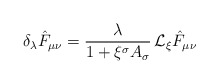
\begin{align*}\delta_{\lambda} \hat F_{\mu\nu}=\frac{\lambda}{1+\xi^\sigma A_\sigma}\,{\cal L}_\xi \hat F_{\mu\nu}\end{align*}